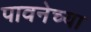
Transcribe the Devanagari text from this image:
पावनेच्या